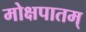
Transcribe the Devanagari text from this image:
मोक्षपातम्